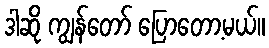
ဒါဆို ကျွန်တော် ပြောတော့မယ်။